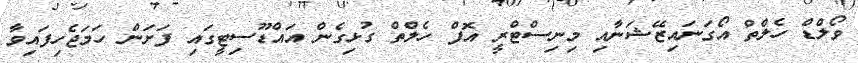
ވޯލްޑް ހެލްތް އޯގަނައިޒޭޝަނާއި މިނިސްޓްރީ އޮފް ހެލްތް ގުޅިގެން އައްޑޫސިޓީގައި ފަށަން ހަމަޖެހިފައިވާ